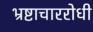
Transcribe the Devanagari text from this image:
भ्रष्टाचाररोधी